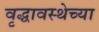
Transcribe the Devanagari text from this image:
वृद्धावस्थेच्या